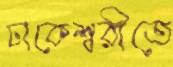
ঢাকেশ্বরীতে